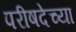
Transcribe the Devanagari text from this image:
परीषदेच्या